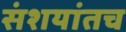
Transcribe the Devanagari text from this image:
संशयांतच